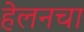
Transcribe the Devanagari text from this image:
हेलनचा